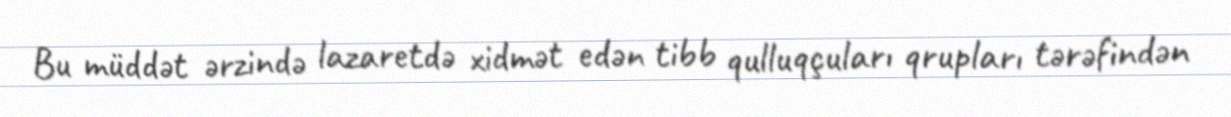
Bu müddət ərzində lazaretdə xidmət edən tibb qulluqçuları qrupları tərəfindən